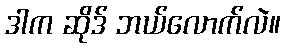
ဒါက ဆိုဒ် ဘယ်လောက်လဲ။